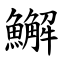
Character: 䲒